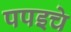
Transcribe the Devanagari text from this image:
पपइचे